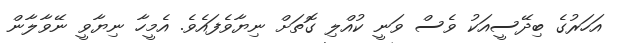
އަހަރުގެ ބިދޭސީއަކު ވެސް ވަނީ ކުއްލި ގޮތަށް ނިޔާވެފައެވެ. އެމީހާ ނިޔާވީ ނޭވާލާން